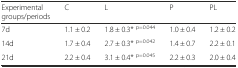
| Experimental groups/periods | C | L | P | PL |
 | --- | --- | --- | --- | --- |
 | 7d | 1.1 ± 0.2 | 1.8 ± 0.3* p=0.044 | 1.0 ± 0.4 | 1.2 ± 0.2 |
 | 14d | 1.7 ± 0.4 | 2.7 ± 0.3* p=0.042 | 1.4 ± 0.7 | 2.2 ± 0.1 |
 | 21d | 2.2 ± 0.4 | 3.1 ± 0.4* p=0.045 | 2.2 ± 0.3 | 2.0 ± 0.4 |